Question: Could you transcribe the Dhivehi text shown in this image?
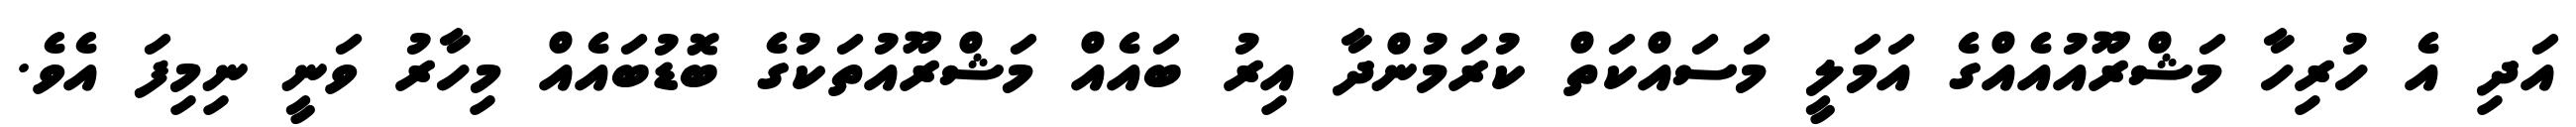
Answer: އަދި އެ ހުރިހާ މަޝްރޫއުއެއްގެ އަމަލީ މަސައްކަތް ކުރަމުންދާ އިރު ބައެއް މަޝްރޫއުތަކުގެ ބޮޑުބައެއް މިހާރު ވަނީ ނިމިފަ އެވެ.